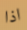
اذا